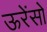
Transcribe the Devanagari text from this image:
ऊरेंसो